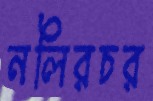
নলিরচর